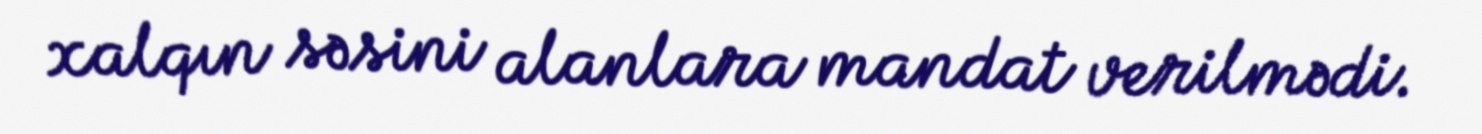
xalqın səsini alanlara mandat verilmədi.